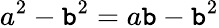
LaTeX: a^{2}-\mathtt{b}^{2}=a\mathtt{b}-\mathtt{b}^{2}